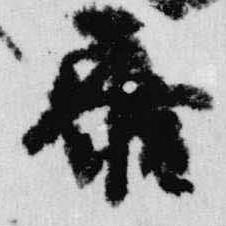
参